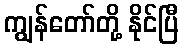
ကျွန်တော်တို့ နိုင်ပြီ